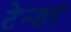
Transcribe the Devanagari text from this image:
टेन्‍डर